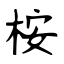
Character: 桉